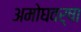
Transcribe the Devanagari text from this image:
अमोघवर्षा